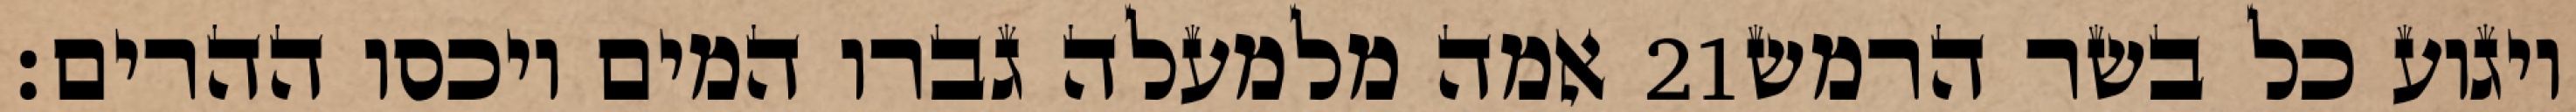
אמה מלמעלה גברו המים ויכסו ההרים׃ ‎21‏ ויגוע כל בשר הרמש